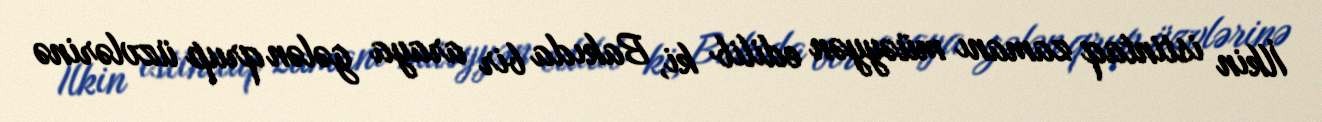
İlkin istintaq zamanı müəyyən edilib ki, Bakıda bir araya gələn qrup üzvlərinə